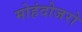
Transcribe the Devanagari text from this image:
मोहंदोजरो